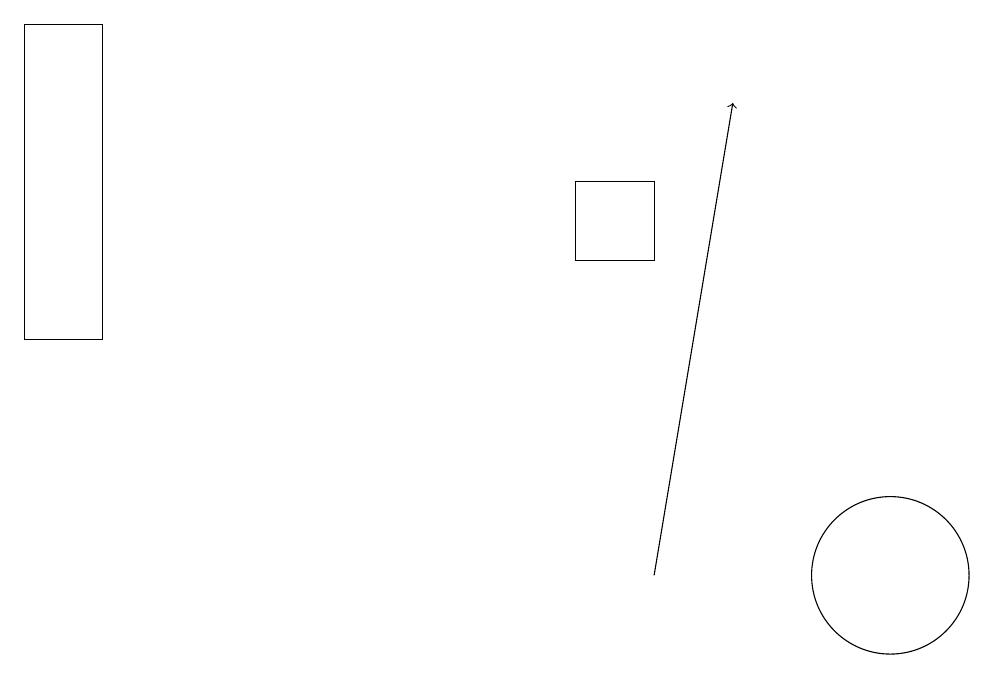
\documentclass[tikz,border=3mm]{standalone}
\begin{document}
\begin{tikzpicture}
\draw (11,12) circle (1);
\draw[->] (8,12) -- (9,18);
\draw (8,16) rectangle (7,17);
\draw (0,15) rectangle (1,19);
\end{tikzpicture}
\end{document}